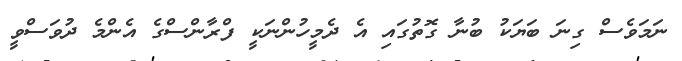
ނަމަވެސް ގިނަ ބަޔަކު ބުނާ ގޮތުގައި އެ ދެމީހުންނަކީ ފްރާންސްގެ އެންމެ ދުވަސްވީ